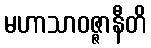
မဟာသာဝဇ္ဇာနီတိ